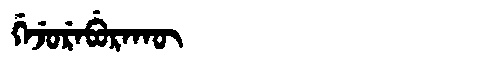
Manchu: ᡤᡝᠵᡠᡵᡝᠪᡠᡵᠠᡴᡡ
Romanization: GEJUREBURAKŪ